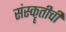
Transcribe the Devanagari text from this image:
संस्कॄतीची